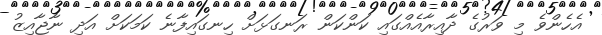
އެހެންވެ މި ވަރުގެ ދާއިރާއެއްގައި ކަންކަން ރަނގަޅަށް ހިނގައިފާނެ ކަމަކަށް އަދި ނާޖާއިޒު